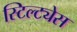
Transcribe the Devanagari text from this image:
स्टिल्ट्येस